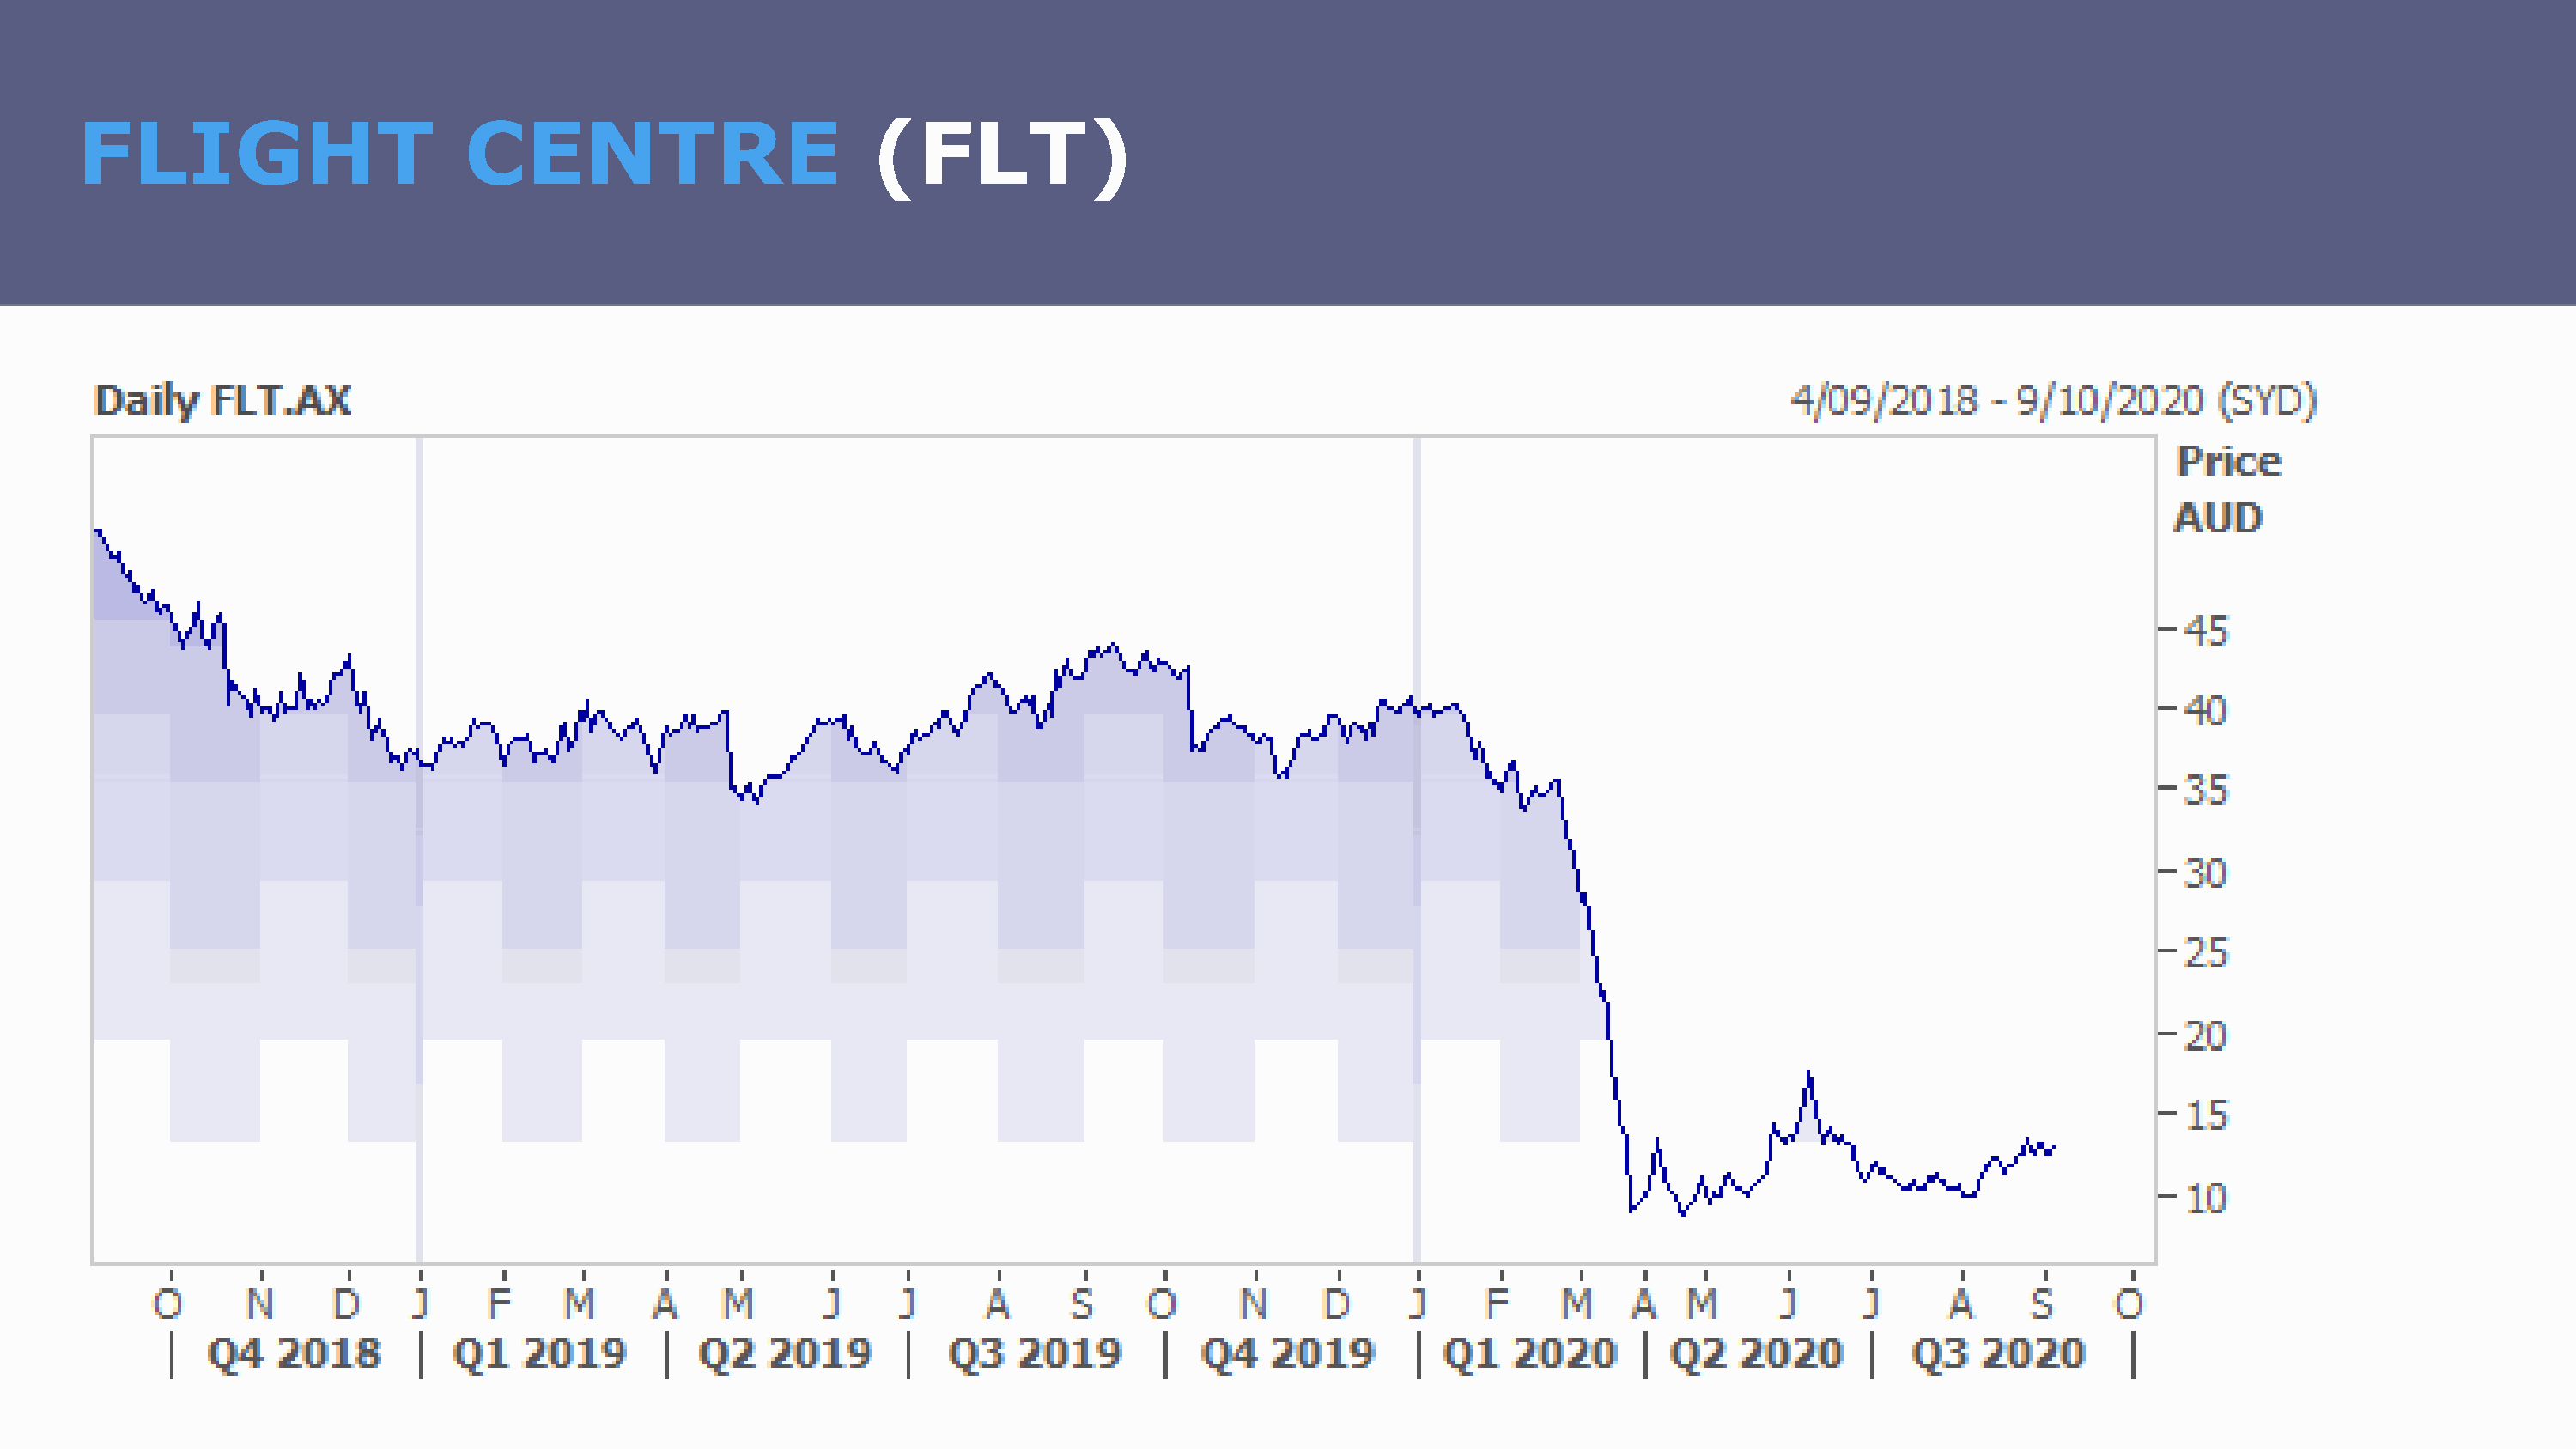
FLIGHT                        CENTRE                         (FLT)